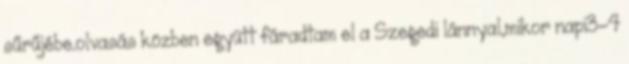
sűrűjébe.olvasás közben együtt fáradtam el a Szegedi lánnyal,mikor napi3-4